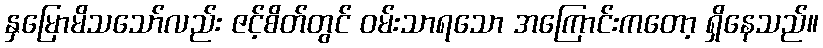
နှမြောမိသသော်လည်း ဇင့်စိတ်တွင် ဝမ်းသာရသော အကြောင်းကတော့ ရှိနေသည်။